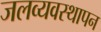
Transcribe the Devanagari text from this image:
जलव्यवस्थापन